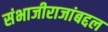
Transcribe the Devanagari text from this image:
संभाजीराजांबद्दल